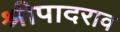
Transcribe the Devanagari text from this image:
श्रीपादराव